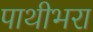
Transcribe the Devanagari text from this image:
पाथीभरा